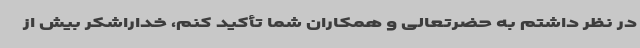
در نظر داشتم به حضرتعالی و همکاران شما تأکید کنم، خداراشکر بیش از